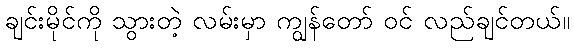
ချင်းမိုင်ကို သွားတဲ့ လမ်းမှာ ကျွန်တော် ဝင် လည်ချင်တယ်။